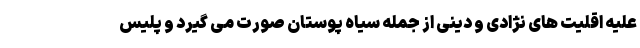
علیه اقلیت های نژادی و دینی از جمله سیاه پوستان صورت می گیرد و پلیس